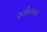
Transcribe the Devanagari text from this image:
ख़ीन्गन